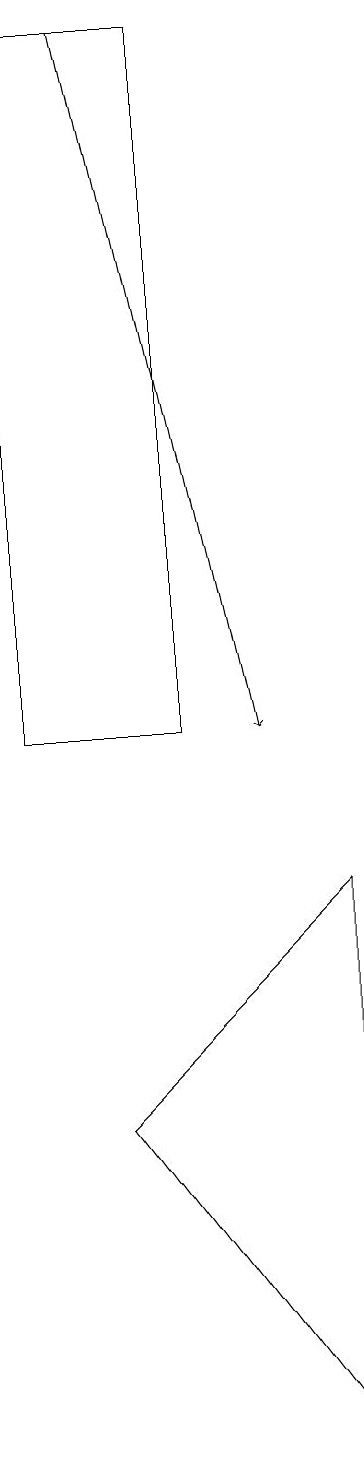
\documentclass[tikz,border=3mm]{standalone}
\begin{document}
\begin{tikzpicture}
\draw (4,1) -- (4,8) -- (1,5) -- cycle;
\draw (0,10) rectangle (2,19);
\draw[->] (1,19) -- (3,10);
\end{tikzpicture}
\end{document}